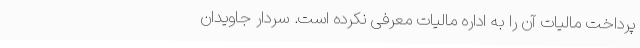
پرداخت مالیات آن را به اداره مالیات معرفی نکرده است. سردار جاویدان